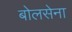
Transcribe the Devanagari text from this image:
बोलसेना